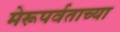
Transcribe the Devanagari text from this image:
मेरूपर्वताच्या